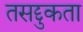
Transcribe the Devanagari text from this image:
तसद्दुकता